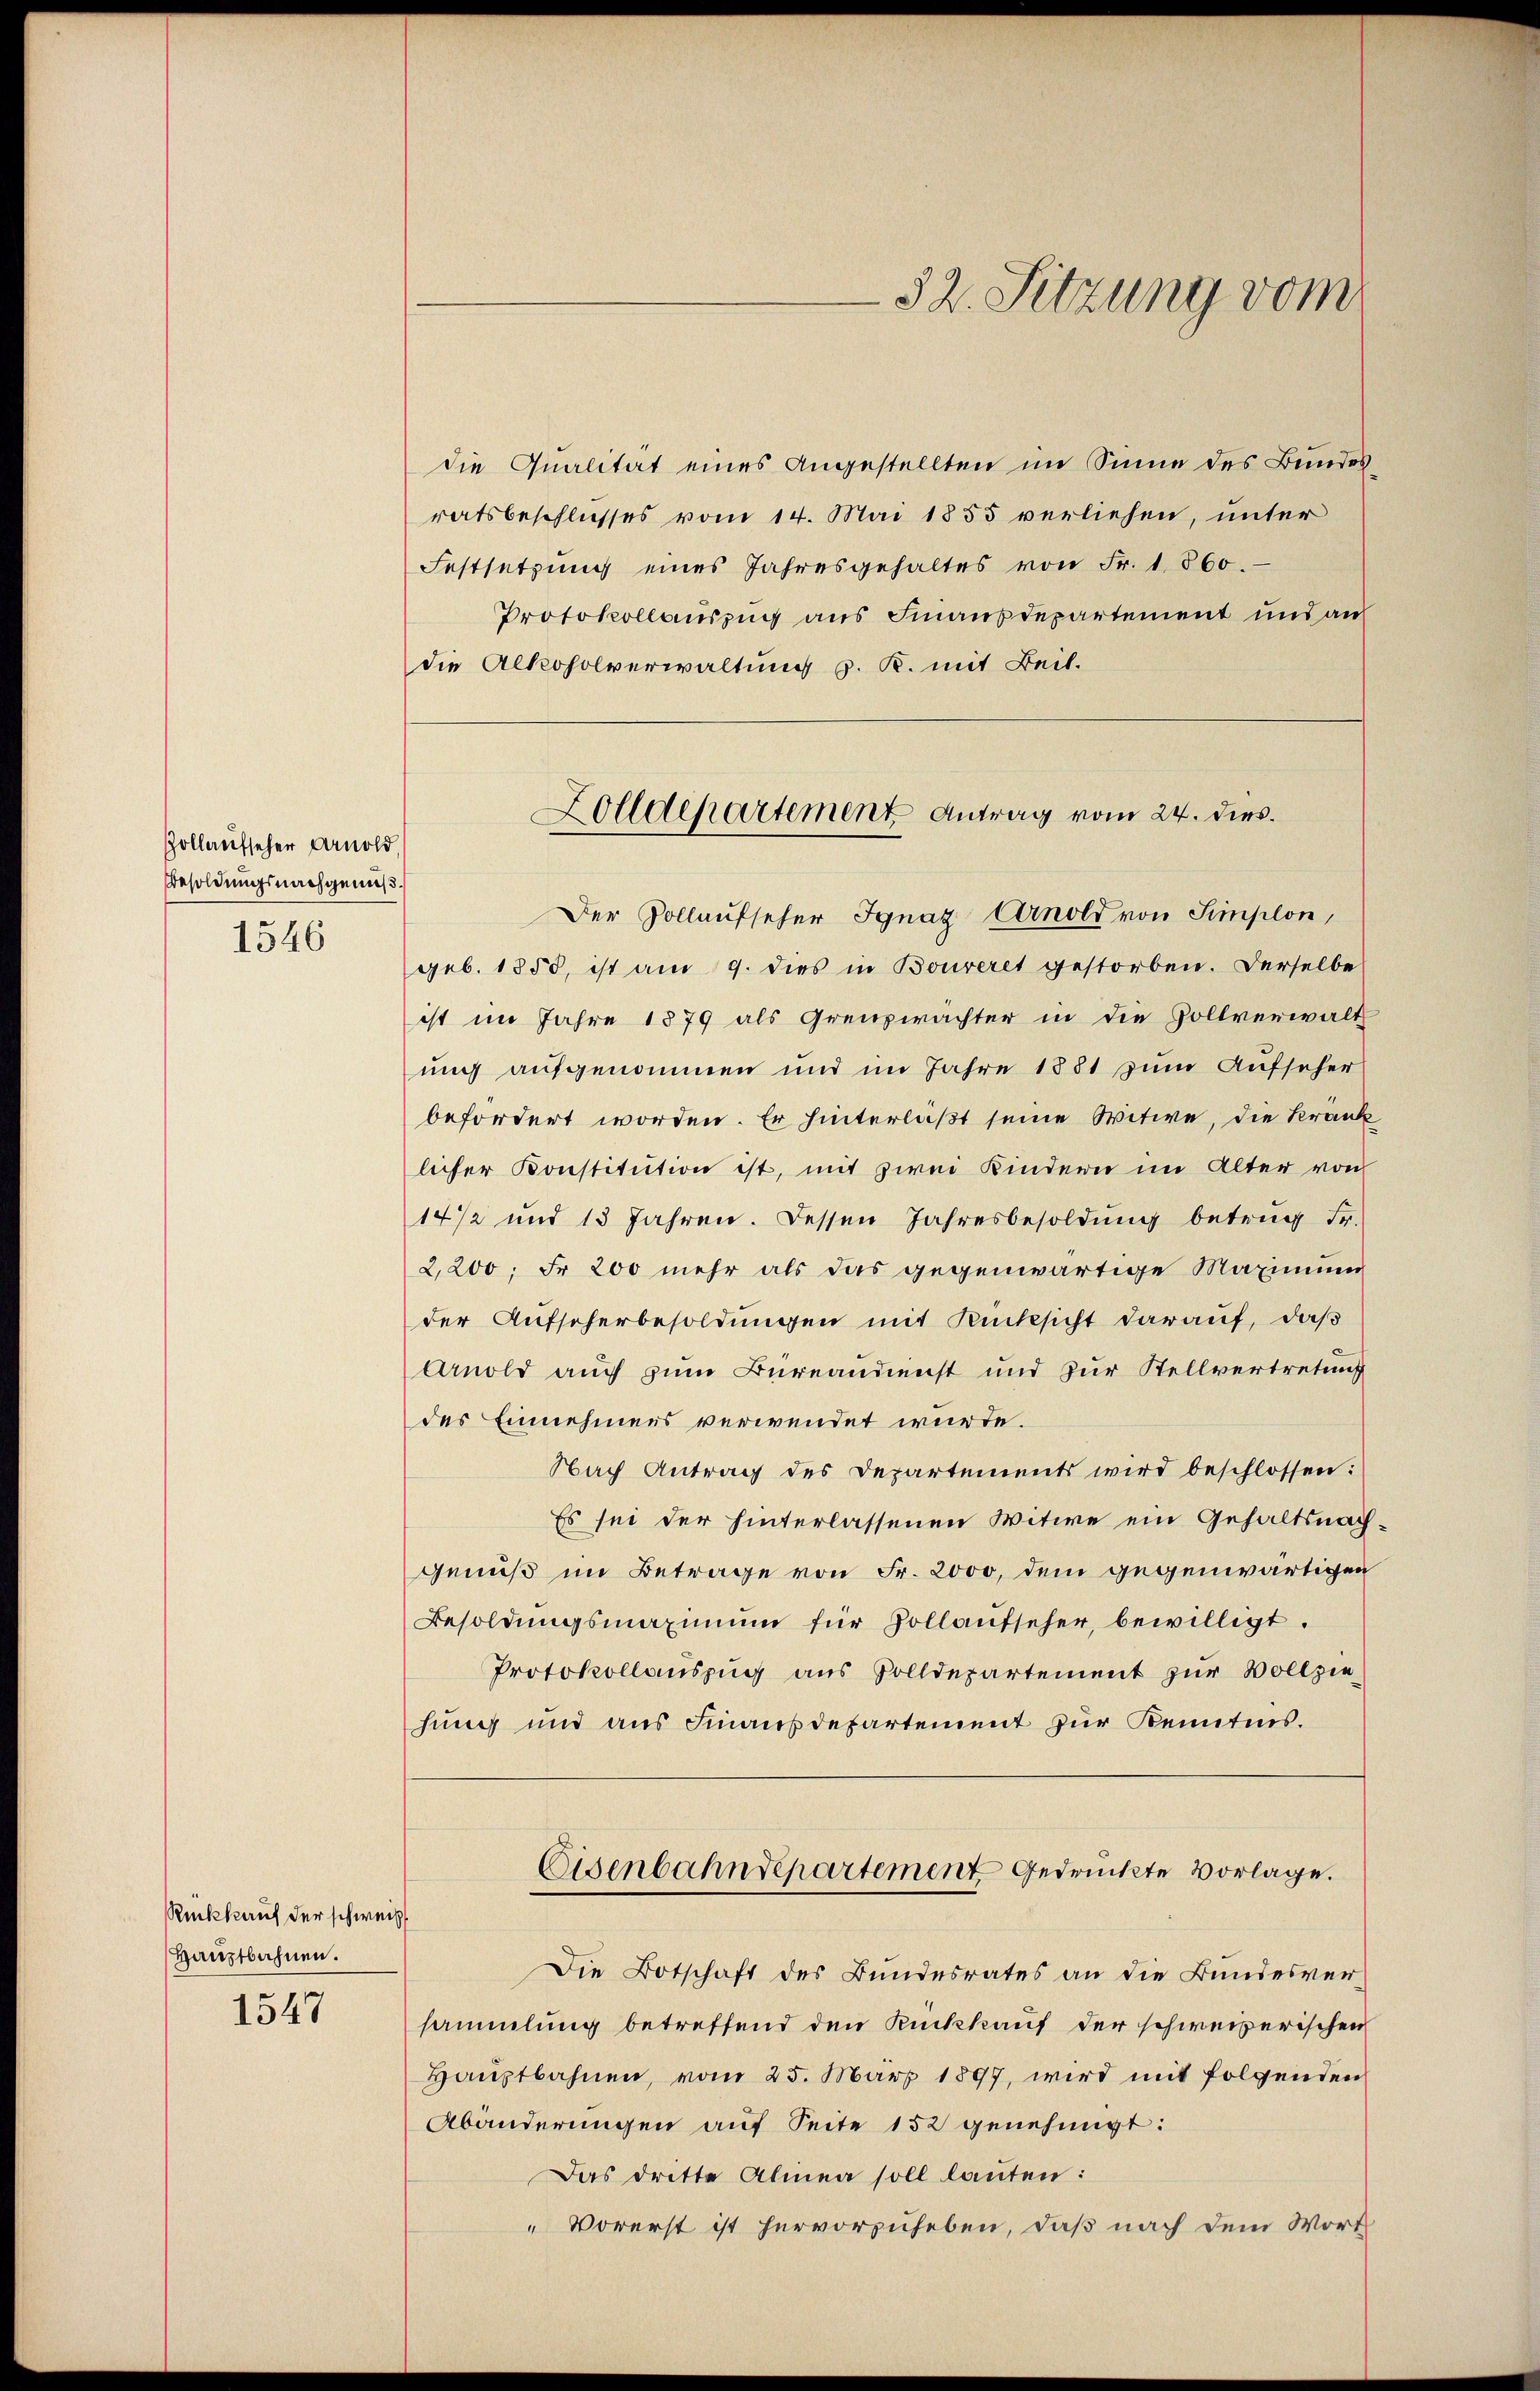
Zollaufseher Arnold
Besoldungsnachgenuß.

1546

Rückkauf der schweiz
Hauptbahnen.

1547

die Qualität eines Angestellten im Sinne des Bundesratsbeschlusses vom 14. Mai 1855 verliehen, unter
Festsetzung eines Jahresgehaltes von Fr. 1860.
Protokollauszug aus Finanzdepartement und an
die Alkoholverwaltung z. K. mit Beil.
Der Vollaufseher Ignaz Arnold von Simplon,
geb. 1850, ist am 9. dies in Bouveret gestorben. Derselbe
ist im Jahre 1879 als Grenzwächter in die Zollverwalt
ung aufgenommen und im Jahre 1881 zum Aufseher
befordert worden. Er hinterläßt seine Witwe, die Krank
licher Konstitution ist, mit zwei Kindern im Alter von
14/2 und 13 Jahren. Dessen Jahresbesoldŭng betrug Fr.
2,200, Fr. 200 mehr als das gegenwärtige Maximum
der Aufscherbesoldungen mit Rücksicht darauf, daß
Arnold auch zum Büreandienst und zur Stellvertretung
des Einnehmens verwendet würde.
Nach Antrag des Departements wird beschlossen:
Es sei der hinterlassenen Witwe ein Gehaltsnach
genuß im Betrage von Fr. 2000, dem gegenwärtigen
Besoldŭngsmaximŭm für Hollaŭfseher, bewilligt.
Protokollauszug aus Solldepartement zur Vollziehung und aus Finanzdepartement zur Kenntnis.
Eisenbahndepartement gedruckte Vorlage.
Die Botschaft des Bundesrates an die Bundesversammlung betreffend den Rückkauf der schweizerischen
Hauptbahnen, vom 25. März 1897, wird mit folgenden
Abänderungen auf Seite 152 genehmigt:
Das dritte Almen soll lauten:
"Vorerst ist hervorzuheben, daß nach dem Wort

Zolldepartement Antrag vom 24. dies

52. Sitzung vom